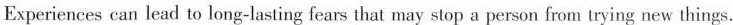
Experiences can lead to long-lasting fears that may stop a person from trying new things.